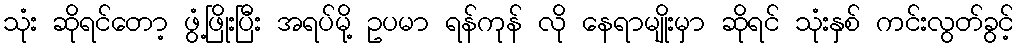
သုံး ဆိုရင်တော့ ဖွံ့ဖြိုးပြီး အရပ်မို့ ဥပမာ ရန်ကုန် လို နေရာမျိုးမှာ ဆိုရင် သုံးနှစ် ကင်းလွတ်ခွင့်